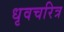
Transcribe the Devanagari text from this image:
धृवचरित्र